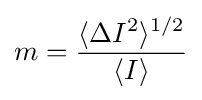
m={\frac {\langle \Delta I^{2}\rangle ^{1/2}}{\langle I\rangle }}